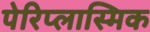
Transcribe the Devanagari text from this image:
पेरिप्लास्मिक